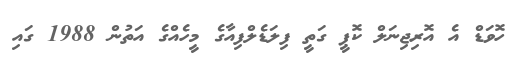
ހޮވަޑް އެ އޮރިޖިނަލް ކޮޕީ ގަތީ ފިލަޑެލްފިއާގެ މީހެއްގެ އަތުން 1988 ގައި